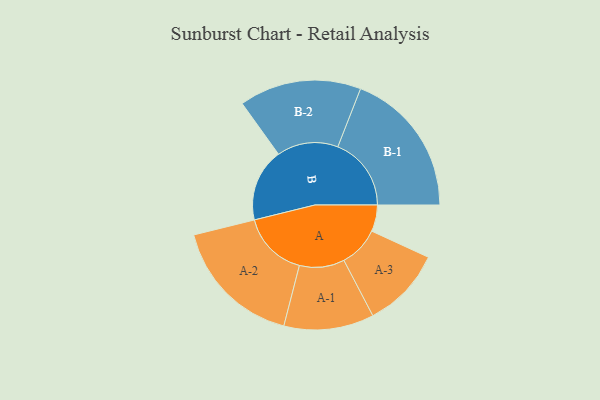
{"axis": {"x": "Segment", "y": "Value"}, "legend": ["", "A", "B"], "data": [{"x": "A", "y": 107, "type": ""}, {"x": "B", "y": 295, "type": ""}, {"x": "A-1", "y": 182, "type": "A"}, {"x": "A-2", "y": 267, "type": "A"}, {"x": "A-3", "y": 163, "type": "A"}, {"x": "B-1", "y": 297, "type": "B"}, {"x": "B-2", "y": 247, "type": "B"}]}